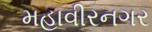
મહાવીરનગર